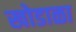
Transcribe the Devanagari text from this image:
खोडाळा